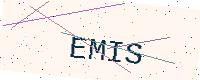
Text: EMIS